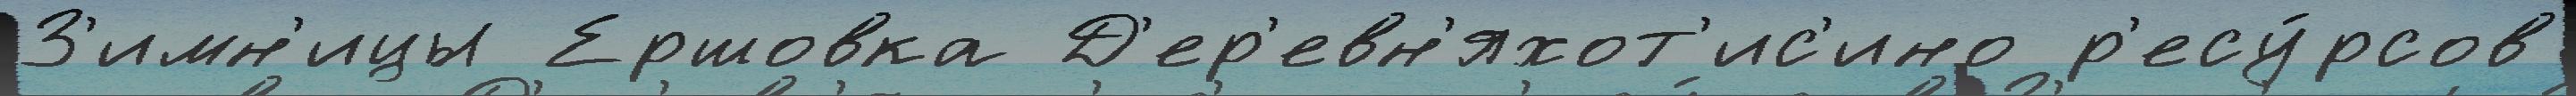
З'имн'ицы Ершовка Д'ер'евн'яхот'ис'ино р'есу́рсов